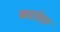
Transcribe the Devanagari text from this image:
बटांटा